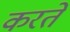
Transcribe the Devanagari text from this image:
करते